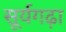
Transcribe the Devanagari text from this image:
सूर्यगढ़ा